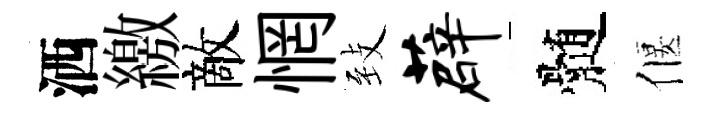
洒繳敵惘𦤺薜髄偃